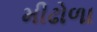
મીઢોળા